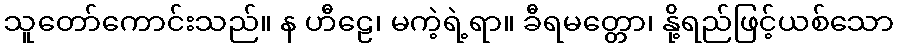
သူတော်ကောင်းသည်။ န ဟီဠေ၊ မကဲ့ရဲ့ရာ။ ခီရမတ္တော၊ နို့ရည်ဖြင့်ယစ်သော